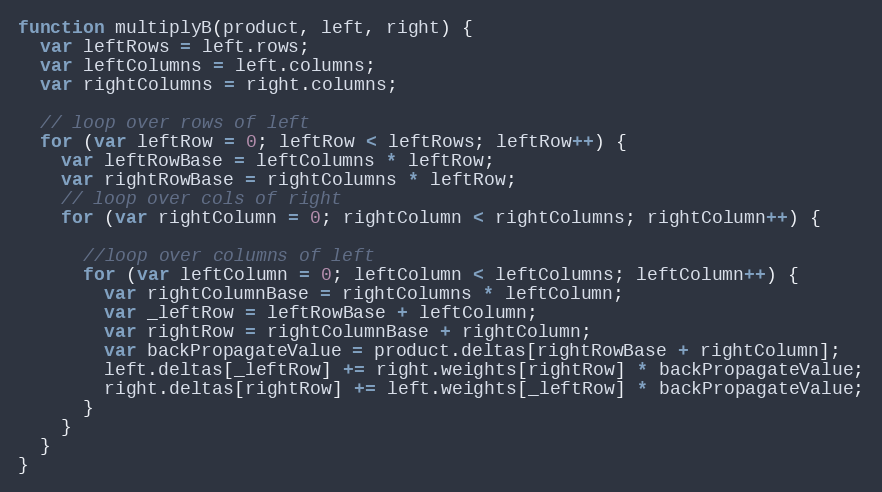
Language: JavaScript
function multiplyB(product, left, right) {
  var leftRows = left.rows;
  var leftColumns = left.columns;
  var rightColumns = right.columns;

  // loop over rows of left
  for (var leftRow = 0; leftRow < leftRows; leftRow++) {
    var leftRowBase = leftColumns * leftRow;
    var rightRowBase = rightColumns * leftRow;
    // loop over cols of right
    for (var rightColumn = 0; rightColumn < rightColumns; rightColumn++) {

      //loop over columns of left
      for (var leftColumn = 0; leftColumn < leftColumns; leftColumn++) {
        var rightColumnBase = rightColumns * leftColumn;
        var _leftRow = leftRowBase + leftColumn;
        var rightRow = rightColumnBase + rightColumn;
        var backPropagateValue = product.deltas[rightRowBase + rightColumn];
        left.deltas[_leftRow] += right.weights[rightRow] * backPropagateValue;
        right.deltas[rightRow] += left.weights[_leftRow] * backPropagateValue;
      }
    }
  }
}